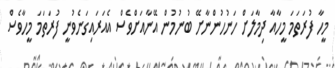
މީހާ ފުރަތަމަ މީހާއާ ދިމާލަށް ހަނުހުންނާށޭ ބުނުމުން އޭނާއަށްވެސް އެއަރައިގަނެވުނީ ފުރަތަމަ މީހާވެސް